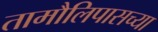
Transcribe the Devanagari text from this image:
तामौलिपासच्या